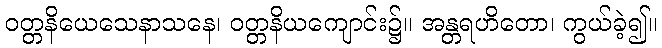
ဝတ္တနိယေသေနာသနေ၊ ဝတ္တနိယကျောင်း၌။ အန္တရဟိတော၊ ကွယ်ခဲ့၍။